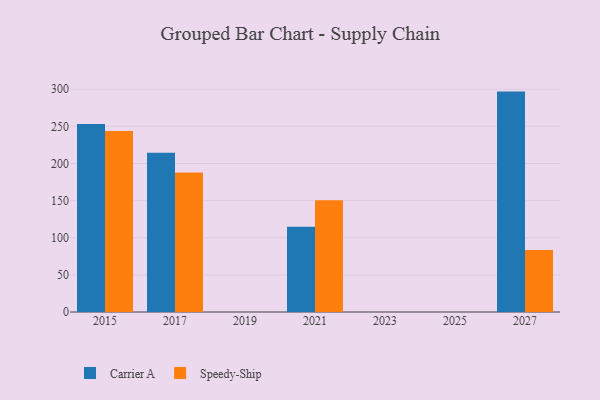
{"axis": {"x": "Year", "y": "Net Income (USD K)"}, "legend": ["Carrier A", "Speedy-Ship"], "data": [{"x": "2021", "y": 114.9, "type": "Carrier A"}, {"x": "2021", "y": 150.6, "type": "Speedy-Ship"}, {"x": "2017", "y": 214.6, "type": "Carrier A"}, {"x": "2017", "y": 187.7, "type": "Speedy-Ship"}, {"x": "2015", "y": 253.2, "type": "Carrier A"}, {"x": "2015", "y": 243.8, "type": "Speedy-Ship"}, {"x": "2027", "y": 296.8, "type": "Carrier A"}, {"x": "2027", "y": 83.5, "type": "Speedy-Ship"}]}